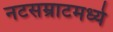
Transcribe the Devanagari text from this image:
नटसम्राटमध्ये